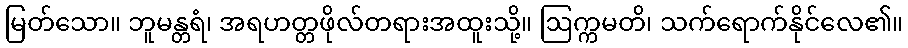
မြတ်သော။ ဘူမန္တရံ၊ အရဟတ္တဖိုလ်တရားအထူးသို့။ ဩက္ကမတိ၊ သက်ရောက်နိုင်လေ၏။